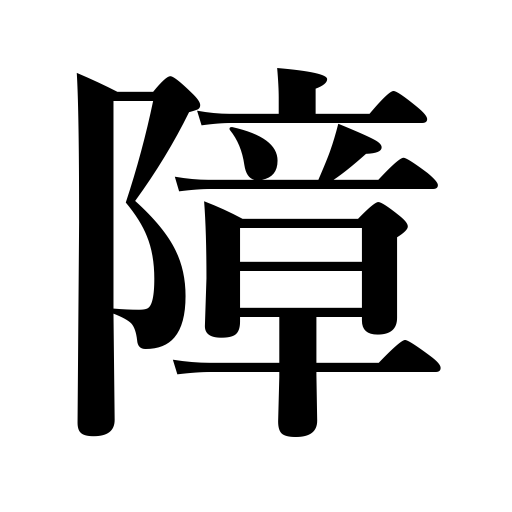
Meanings: harm,hinder,affect,interfere with,hurt